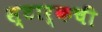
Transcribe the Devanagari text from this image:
स्टार्कची